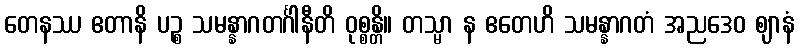
တေနဿ ဧတာနိ ပဉ္စ သမန္နာဂတင်္ဂါနီတိ ဝုစ္စန္တိ။ တသ္မာ န ဧတေဟိ သမန္နာဂတံ အညဒေဝ ဈာနံ